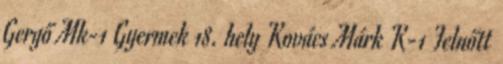
Gergő Mk-1 Gyermek 18. hely Kovács Márk K-1 Felnőtt